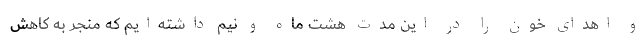
و اهدای خون را در این مدت هشت ماه و نیم داشته‌ایم که منجر به کاهش